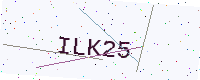
Text: ILK25